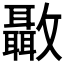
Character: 𣀳